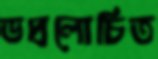
ভদ্রলোচিত